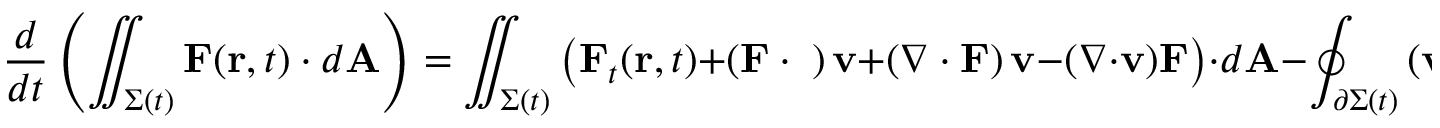
{ \frac { d } { d t } } \left( \iint _ { \Sigma ( t ) } \mathbf { F } ( \mathbf { r } , t ) \cdot d \mathbf { A } \right) = \iint _ { \Sigma ( t ) } { \big ( } \mathbf { F } _ { t } ( \mathbf { r } , t ) + \left( \mathbf { F \cdot \nabla } \right) \mathbf { v } + \left( \nabla \cdot \mathbf { F } \right) \mathbf { v } - ( \nabla \cdot \mathbf { v } ) \mathbf { F } { \big ) } \cdot d \mathbf { A } - \oint _ { \partial \Sigma ( t ) } \left( \mathbf { v } \times \mathbf { F } \right) \cdot d \mathbf { s } .